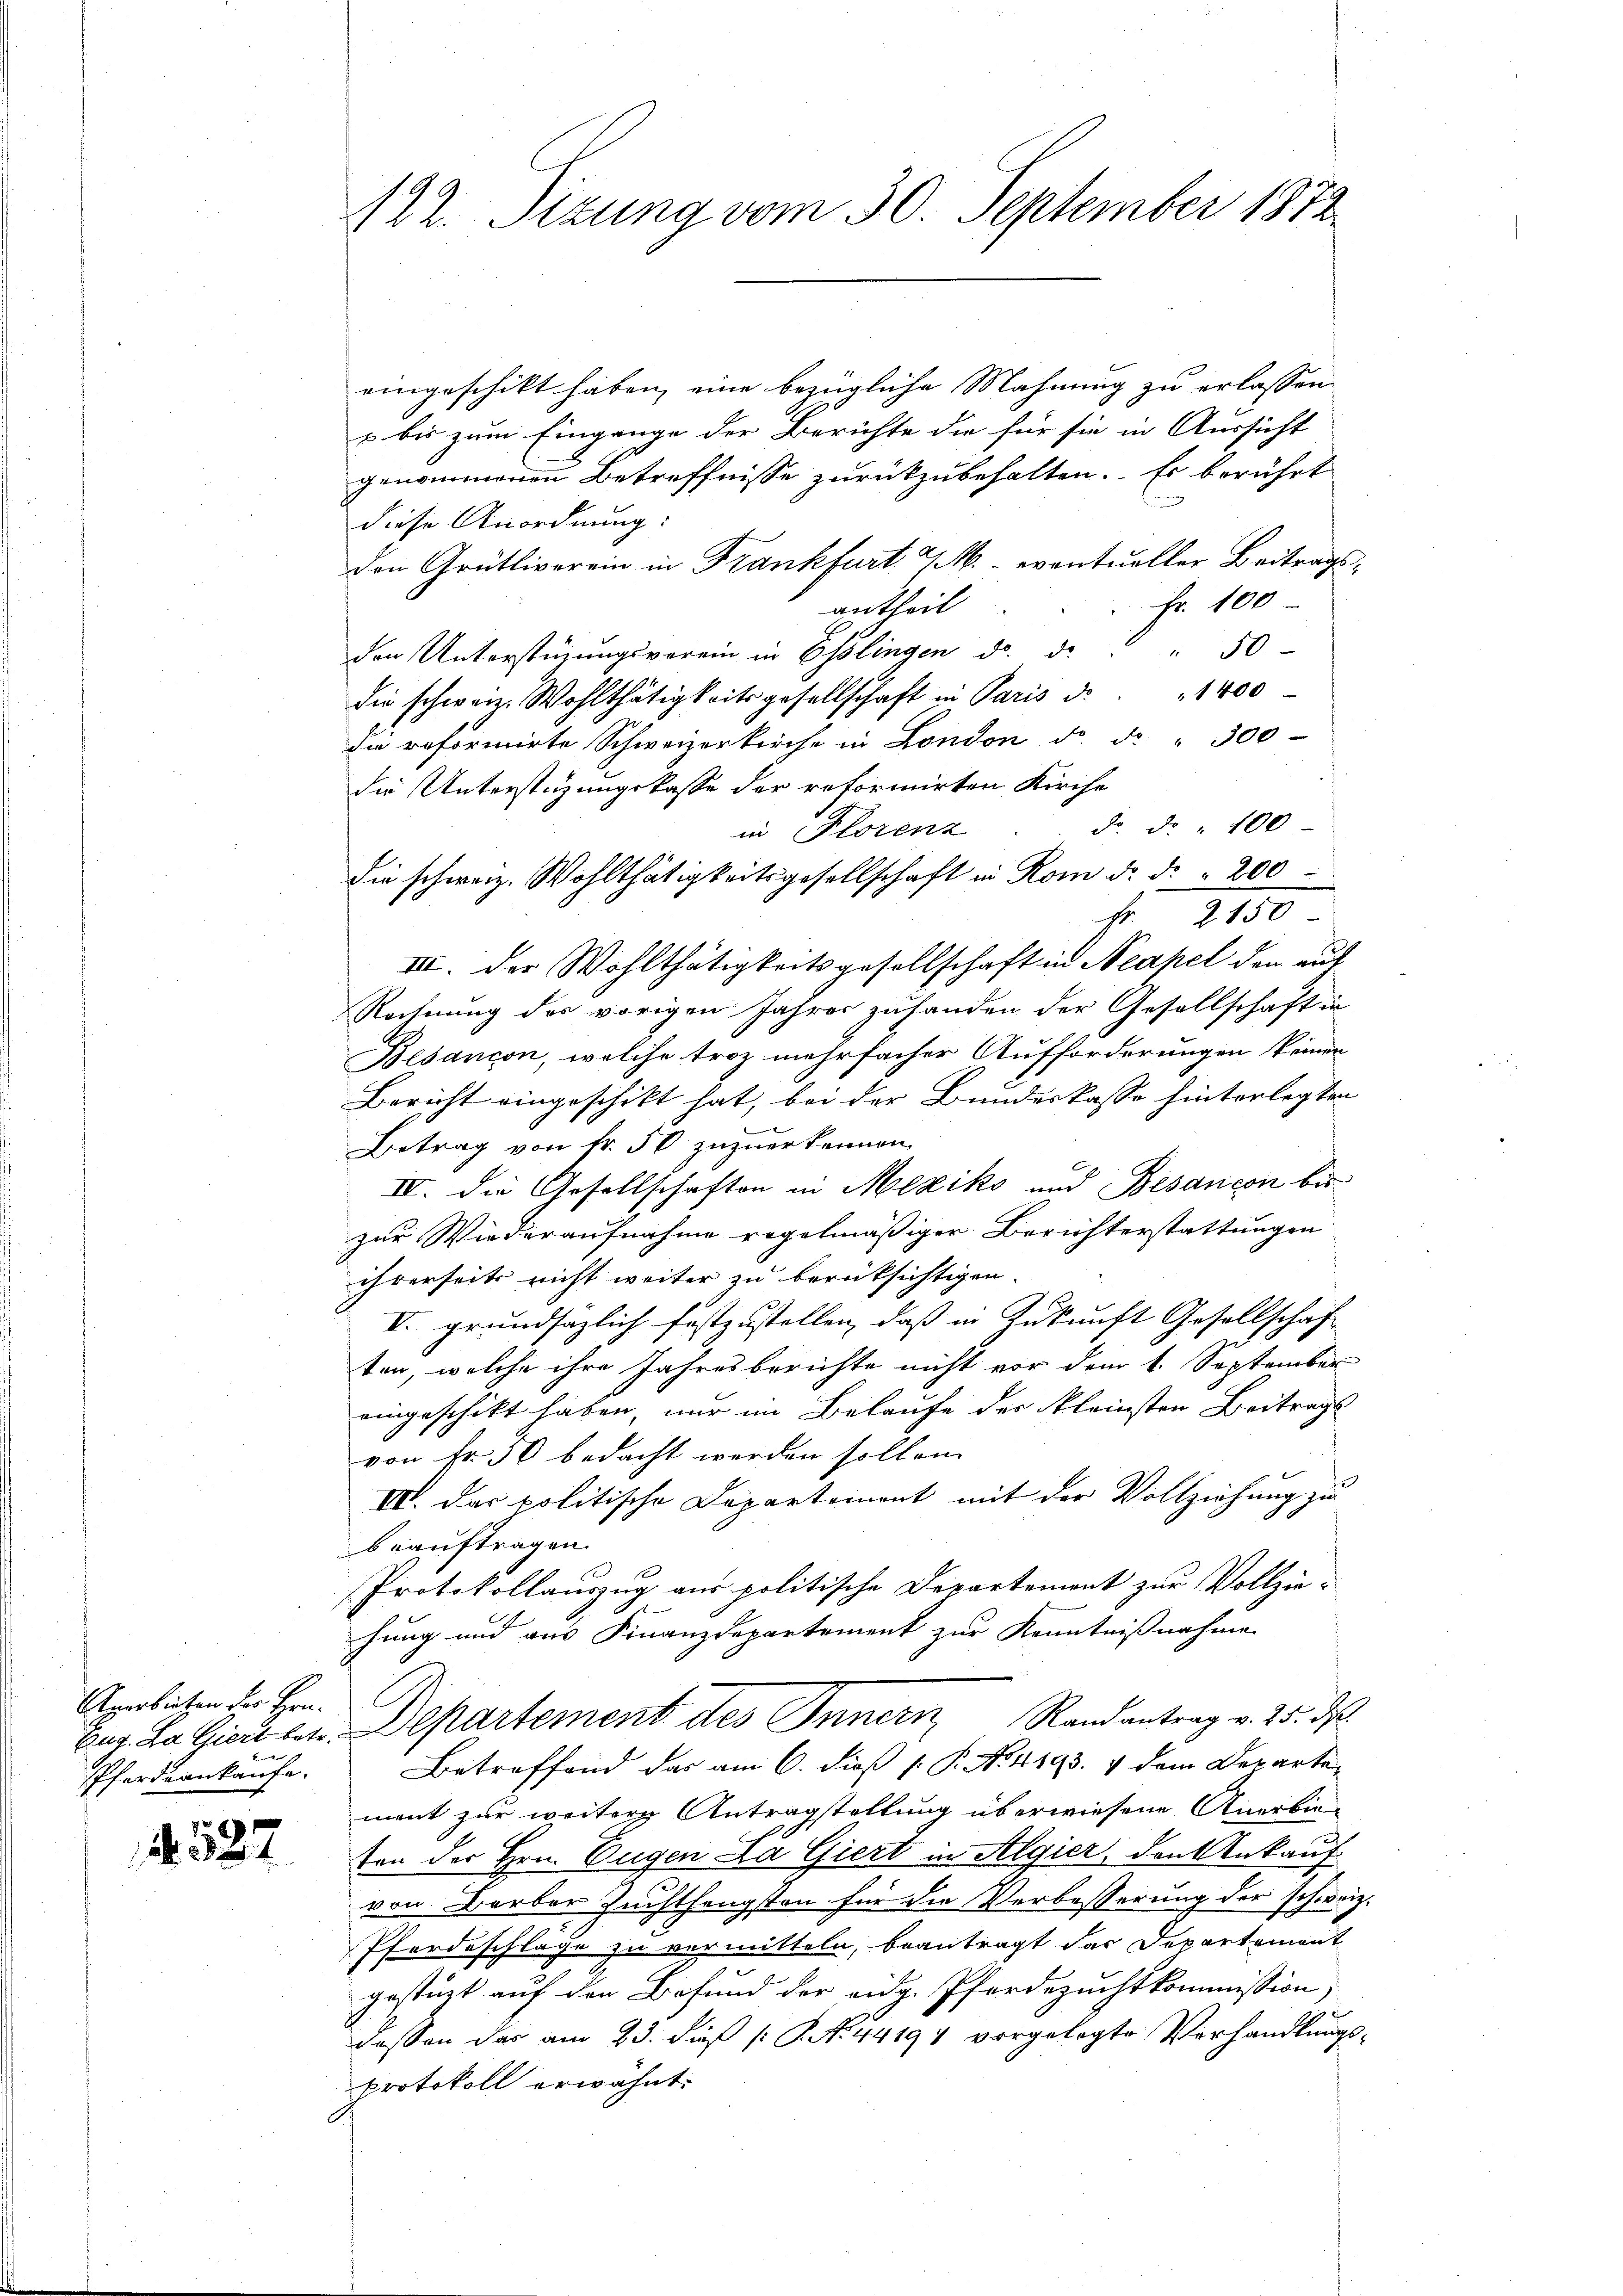
Anerbieten der Hrn.
e
Pferdiankaufe.

527

122. Sizung vom 30. September 1872.

eingeschikt haben, eine bezügliche Mahnung zu erlassen.
A
u bis zum Eingange der Berichte die für sie in Aussicht
genommenen Betreffnisse zurückzubehalten. Es berührt
diese Anordnung:
den Grütliverein in Frankfurt MMM.- eventueller Beitrags-
Fr. 100
antheil
den Unterstüzungsverein in Esslingen d. d. " " 50
die schweiz. Wohlthätigkeitsgesellschaft in Paris d. 1400
die reformirte Schweizerkirche in London d. d. " 300
die Unterstüzungskasse der reformirten Kirche
do. d. 100
in Florenz
die schweiz. Wohlthätigkeitsgesellschaft in Rom d. d. 200
fr 2150
III. der Wohlthätigkeitsgesellschaft in Neapel den auf
Rechnung des vorigen Jahres zuhanden der Gesellschaft in
Besançon, welche troz mehrfacher Aufforderungen keinen
Bericht eingeschikt hat, bei der Bundeskasse hinterlegten
Betrag von fr. 50 zuzuerkennen.
IV. Die Gesellschaften in Mexiko und Besancen bis
zur Wiederaufnahme regelmäßiger Berichterstattungen
ihrerseits nicht weiter zu berüksichtigen.
V. grundsätzlich festzustellen, daß in Zukunft Gesellschaft
ten, welche ihre Jahresberichte nicht vor dem 1. September
eingeschickt haben, nur im Belaufe der kleinsten Beitrags
von Fr. 50 bedacht werden sollen.
IV. Das politische Dapartement mit der Vollziehung zu
beauftragen.
Protokollauszug aus politische Departement zur Vollzien
hung und aus Finanzdepartement zur Kenntnißnahme
Eus. La Gicus u. Departement des Innern, Randantrag v. 25. ds.
Betreffend das am 6. dieß P. No. 4493. 4 dem Departe-
ment zur weitern Antragstellung überwiesene Anerbin-
ton der Hrn. Eugen da Giert in Algier, den Ankauf-
von Barber Zuchthengsten für die Verbesserung der schweiz.
Pfordeschlage zu vermitteln, beantragt dar Departement
gestüzt auf den Befund der eidg. Pferdezuchtkommission,
dessen das am 23. dieß P. N. 44194 vorgelegte Verhandlungsprotokoll erwähnt.